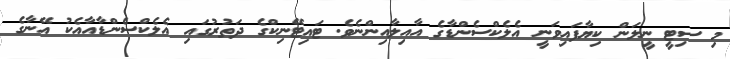
މި ސިޓީ ނީލަން ކިޔާފައިވަނީ އެލެކްސެންޑާގެ އާއިލާއިންނެވެ. ޓައިޓޭނިކްގެ ދަތުރުގައި އެލެކްސެންޑާއާއެކު އޭނާގެ